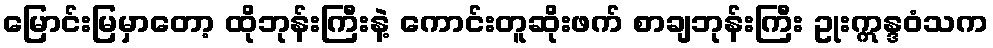
မြောင်းမြမှာတော့ ထိုဘုန်းကြီးနဲ့ ကောင်းတူဆိုးဖက် စာချဘုန်းကြီး ဥုးဣန္ဒဝံသက